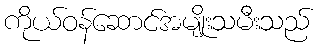
ကိုယ်ဝန်ဆောင်အမျိုးသမီးသည်